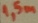
Text: 1,5M